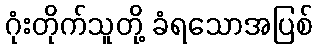
ဂုံးတိုက်သူတို့ ခံရသောအပြစ်